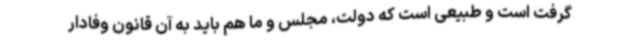
گرفت است و طبیعی است که دولت، مجلس و ما هم باید به آن قانون وفادار